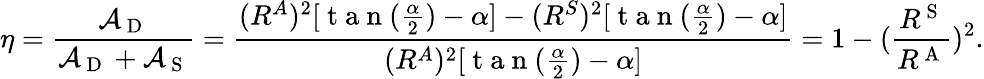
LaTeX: \eta=\frac{\mathcal{A}_{\mathrm{~D~}}}{\mathcal{A}_{\mathrm{~D~}}+\mathcal{A}_{\mathrm{~S~}}}=\frac{(R^{A})^{2}[\mathrm{~t~a~n~}(\frac{\alpha}{2})-\alpha]-(R^{S})^{2}[\mathrm{~t~a~n~}(\frac{\alpha}{2})-\alpha]}{(R^{A})^{2}[\mathrm{~t~a~n~}(\frac{\alpha}{2})-\alpha]}=1-(\frac{R^{\mathrm{~S~}}}{R^{\mathrm{~A~}}})^{2}.